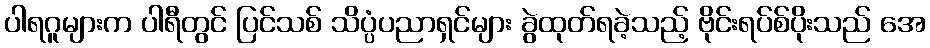
ပါရဂူများက ပါရီတွင် ပြင်သစ် သိပ္ပံပညာရှင်များ ခွဲထုတ်ရခဲ့သည့် ဗိုင်းရပ်စ်ပိုးသည် အေ